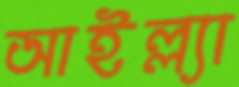
আইল্ল্যা